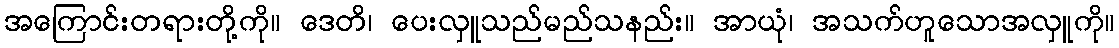
အကြောင်းတရားတို့ကို။ ဒေတိ၊ ပေးလှူသည်မည်သနည်း။ အာယုံ၊ အသက်ဟူသောအလှူကို။